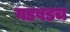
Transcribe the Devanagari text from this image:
गडबडच